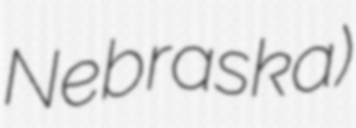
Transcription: Nebraska)